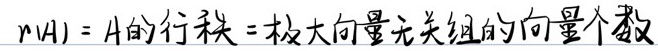
$r(A)=A$的行秩=极大向量无关组的向量个数